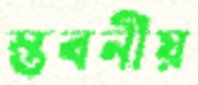
স্তবনীয়